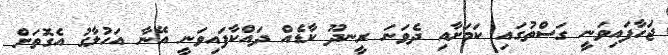
ޖަހާފައިވަނީ ގަސްތުގައި ކަމަށާއި ދެވަނަ ރީނދޫ ކާޑެއް ދައްކާފައިވަނީ އޭނާ އަހުލާގު އެގޮތަށް